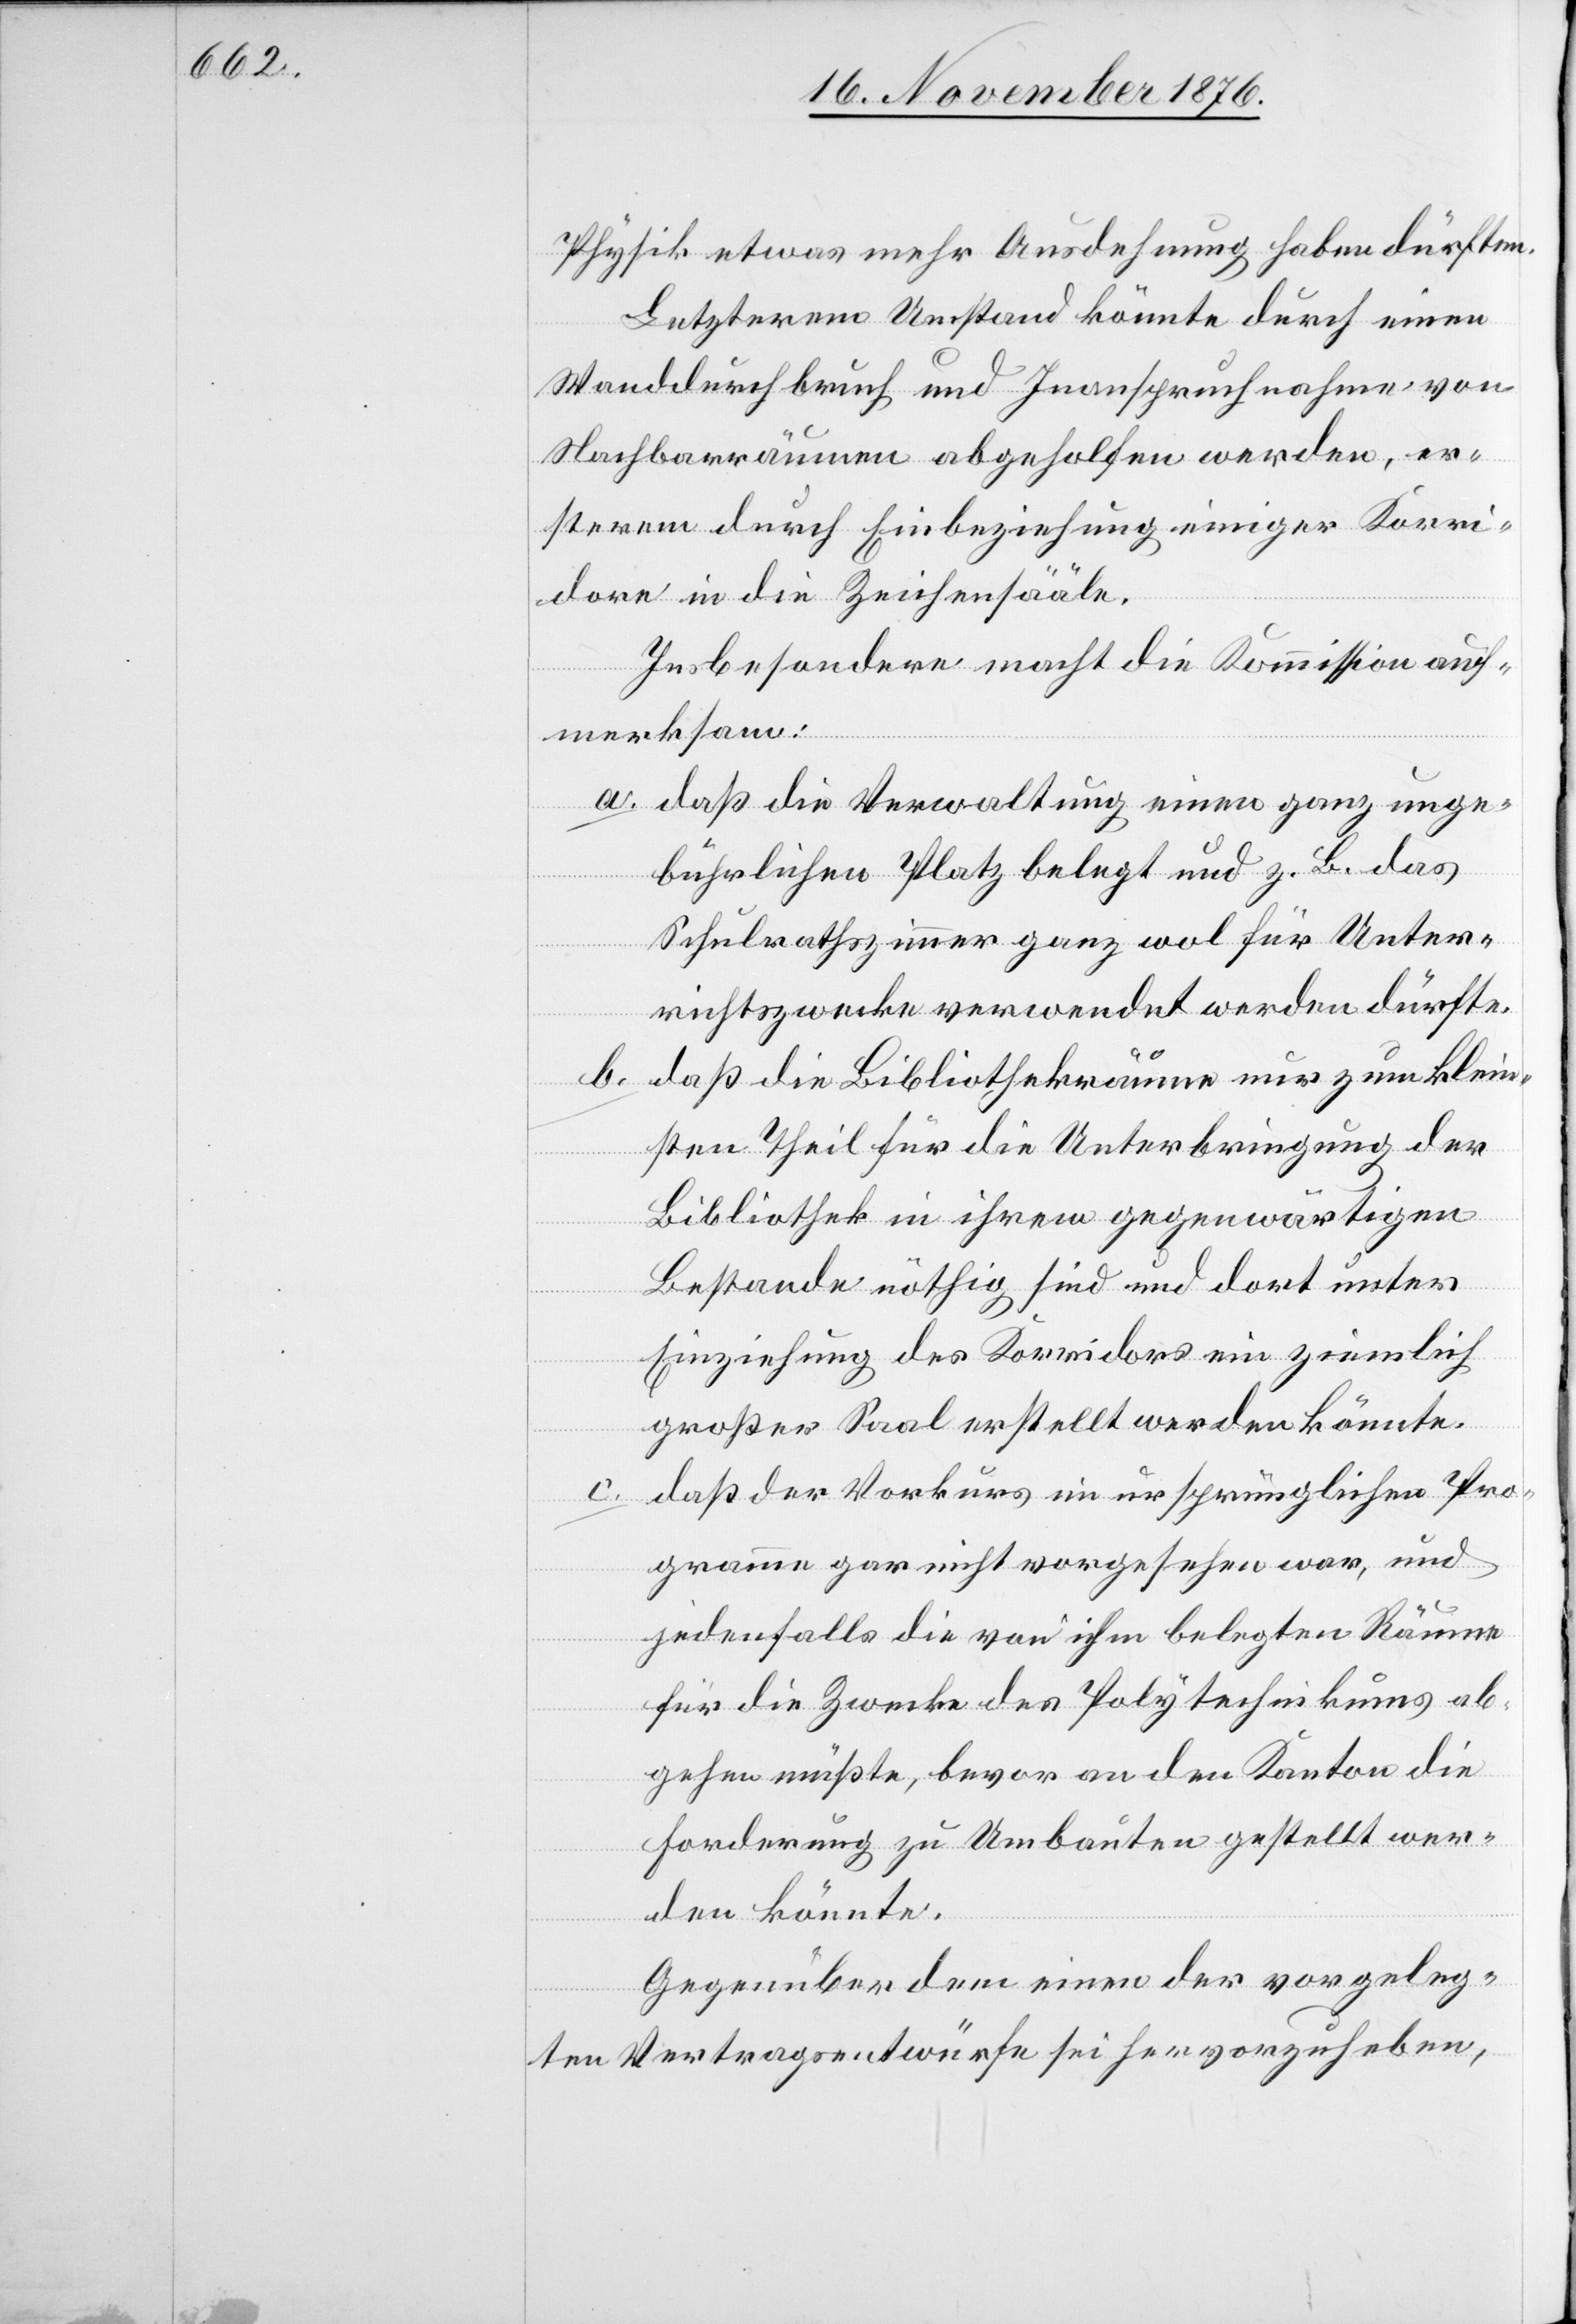
Physik etwas mehr Ausdehnung haben dürften.
Letzterem Umstand könnte durch einen
Wanddurchbruch und Inanspruchnahme von
Nachbarräumen abgeholfen werden, er¬
sterem durch Einbeziehung einiger Korri¬
dore in die Zeichensääle.
Insbesondere macht die Kommission auf¬
merksam:
a. daß die Verwaltung einen ganz unge¬
bührlichen Platz belegt und z. B. das
Schulrathszimmer ganz wol für Unter¬
richtszwecke verwendet werden dürfte.
b.
daß die Bibliothekräume nur zum klein¬
sten Theil für die Unterbringung der
Bibliothek in ihrem gegenwärtigen
Bestande nöthig sind und dort unter
Einziehung des Korridors ein ziemlich
großer Saal erstellt werden könnte.
c.
daß der Vorkurs im ursprünglichen Pro¬
gramm gar nicht vorgesehen war, und
jedenfalls die von ihm belegten Räume
für die Zwecke des Polytechnikums ab¬
gehen müßte, bevor an den Kanton die
Forderung zu Umbauten gestellt wer¬
den könnte.
Gegenüber dem einen der vorgeleg¬
ten Vertragsentwürfe sei hervorzuheben,